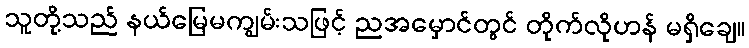
သူတို့သည် နယ်မြေမကျွမ်းသဖြင့် ညအမှောင်တွင် တိုက်လိုဟန် မရှိချေ။